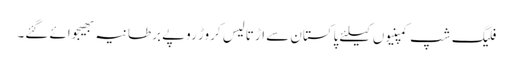
فلیگ شپ کمپنیوں کیلئے پاکستان سے اڑتالیس کروڑ روپے برطانیہ بھیجوائے گئے۔